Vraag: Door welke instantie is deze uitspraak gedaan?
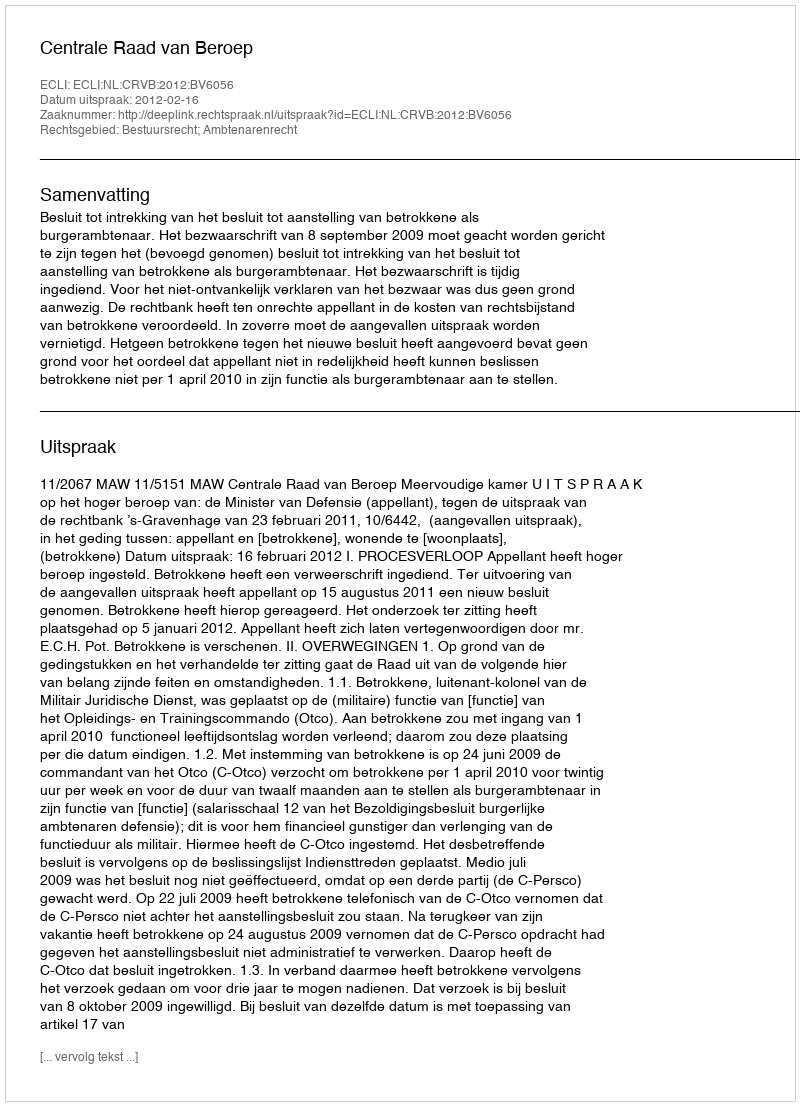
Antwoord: Centrale Raad van Beroep